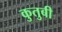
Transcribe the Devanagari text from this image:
कुतुबी